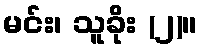
မင်း၊ သူခိုး (၂)။